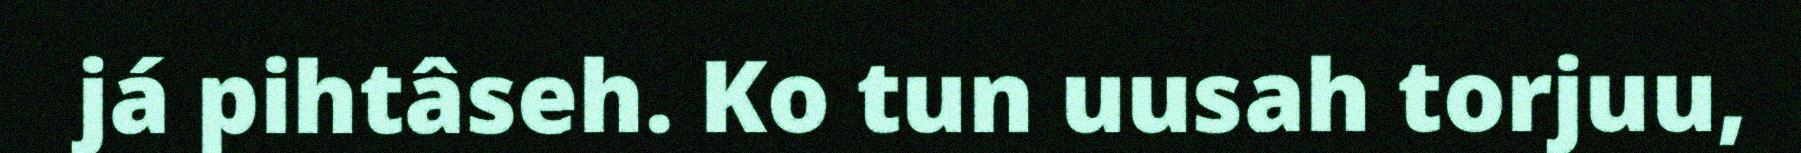
já pihtâseh. Ko tun uusah torjuu,